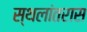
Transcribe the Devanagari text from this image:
स्थलांतरास